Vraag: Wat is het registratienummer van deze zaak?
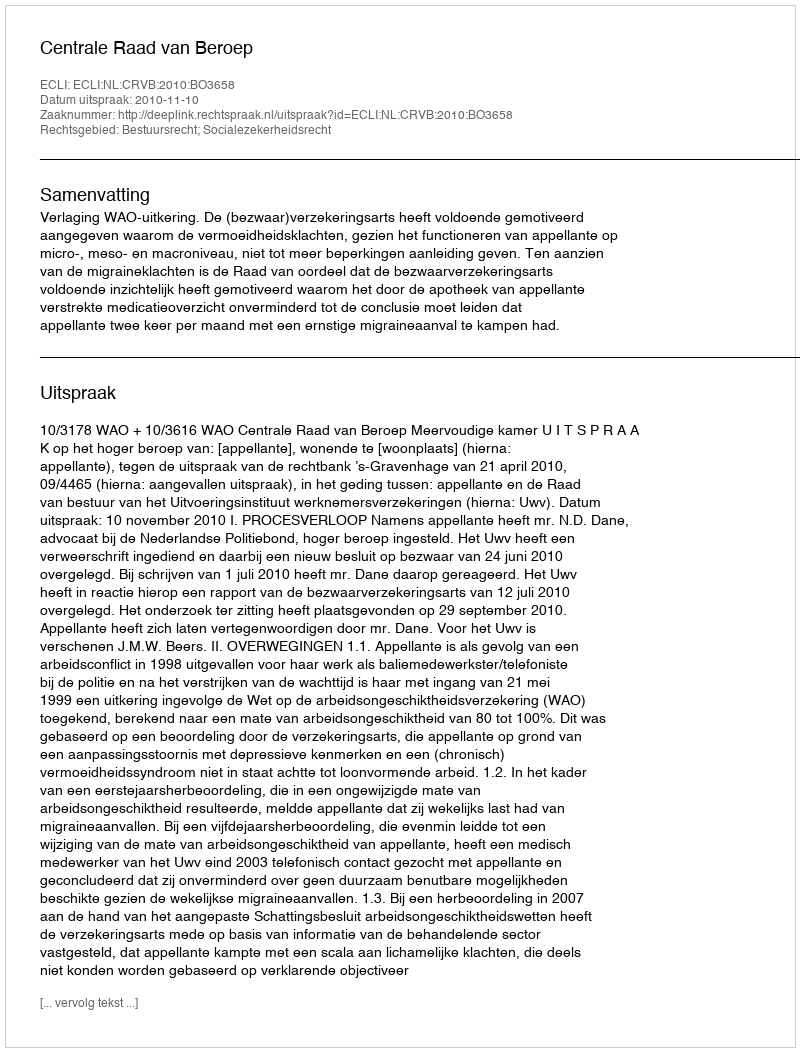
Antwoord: http://deeplink.rechtspraak.nl/uitspraak?id=ECLI:NL:CRVB:2010:BO3658